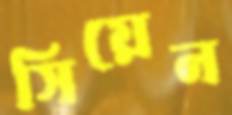
সিয়েন